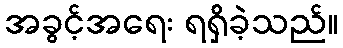
အခွင့်အရေး ရရှိခဲ့သည်။